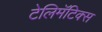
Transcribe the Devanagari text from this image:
टेलिमॅटिक्स